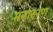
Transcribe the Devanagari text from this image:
मनोरूग्ण